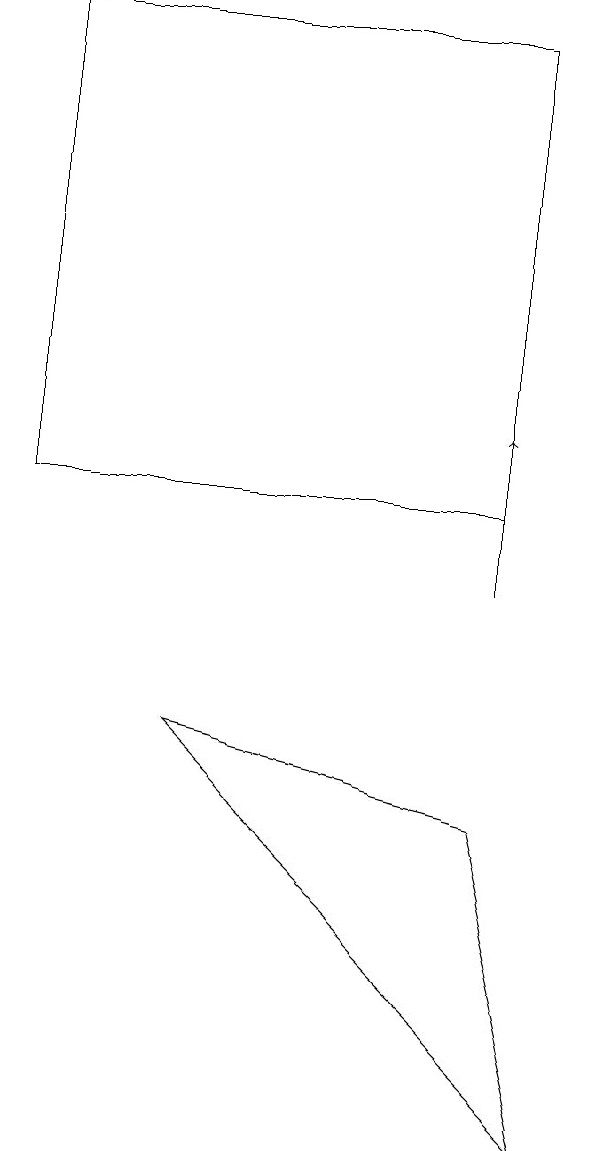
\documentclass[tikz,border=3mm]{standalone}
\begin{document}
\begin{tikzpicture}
\draw[->] (7,10) -- (7,12);
\draw (7,7) -- (3,8) -- (8,3) -- cycle;
\draw (7,11) rectangle (1,17);
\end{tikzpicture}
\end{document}